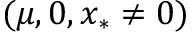
( \mu , 0 , x _ { * } \neq 0 )